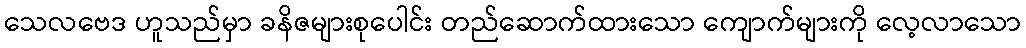
သေလဗေဒ ဟူသည်မှာ ခနိဇများစုပေါင်း တည်ဆောက်ထားသော ကျောက်များကို လေ့လာသော